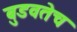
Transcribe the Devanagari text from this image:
बुडवतेच